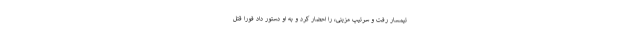
تیمسار رفت و سرتیپ مزینی، را احضار کرد و به او دستور داد فورا قتل